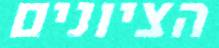
הציונים